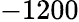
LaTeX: -1200